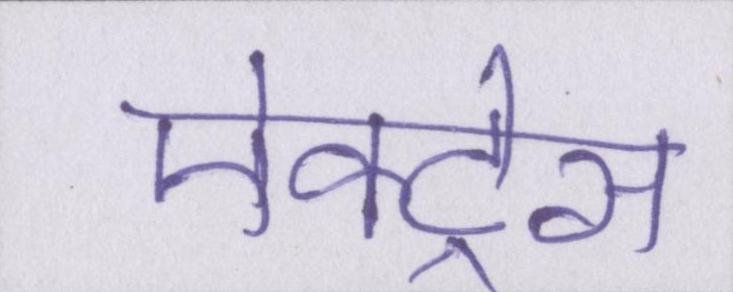
ऐक्ट्रेस